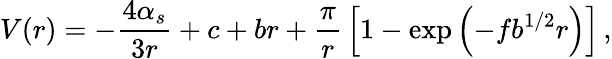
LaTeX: V(r)=-{\frac{4\alpha_{s}}{3r}}+c+br+{\frac{\pi}{r}}\left[1-\exp\left(-fb^{1/2}r\right)\right]\, ,